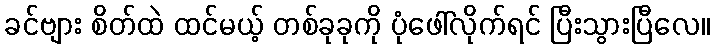
ခင်ဗျား စိတ်ထဲ ထင်မယ့် တစ်ခုခုကို ပုံဖေါ်လိုက်ရင် ပြီးသွားပြီလေ။